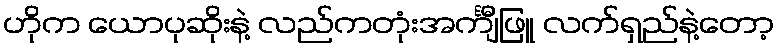
ဟိုက ယောပုဆိုးနဲ့ လည်ကတုံးအင်္ကျီဖြူ လက်ရှည်နဲ့တော့